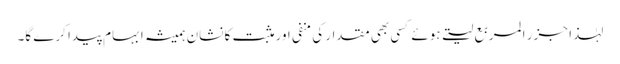
لہٰذا جزر المربع لیتے ہوئے کسی بھی مقدار کی منفی اور مثبت کا نشان ہمیشہ ابہام پیدا کرے گا۔